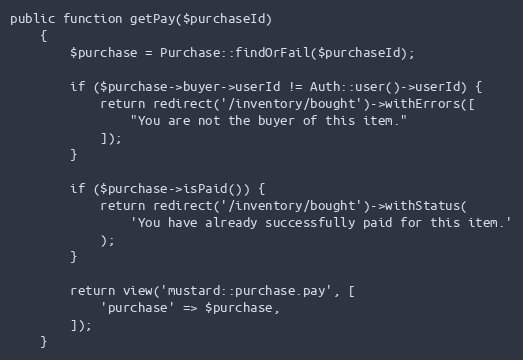
Language: PHP
public function getPay($purchaseId)
    {
        $purchase = Purchase::findOrFail($purchaseId);

        if ($purchase->buyer->userId != Auth::user()->userId) {
            return redirect('/inventory/bought')->withErrors([
                "You are not the buyer of this item."
            ]);
        }

        if ($purchase->isPaid()) {
            return redirect('/inventory/bought')->withStatus(
                'You have already successfully paid for this item.'
            );
        }

        return view('mustard::purchase.pay', [
            'purchase' => $purchase,
        ]);
    }